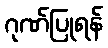
ဂုဏ်ပြုရန်